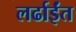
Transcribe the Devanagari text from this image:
लर्ढाईंत